Punjab Mental Hospital Lahore 1932-46 - 1932-1946
Year: 1932
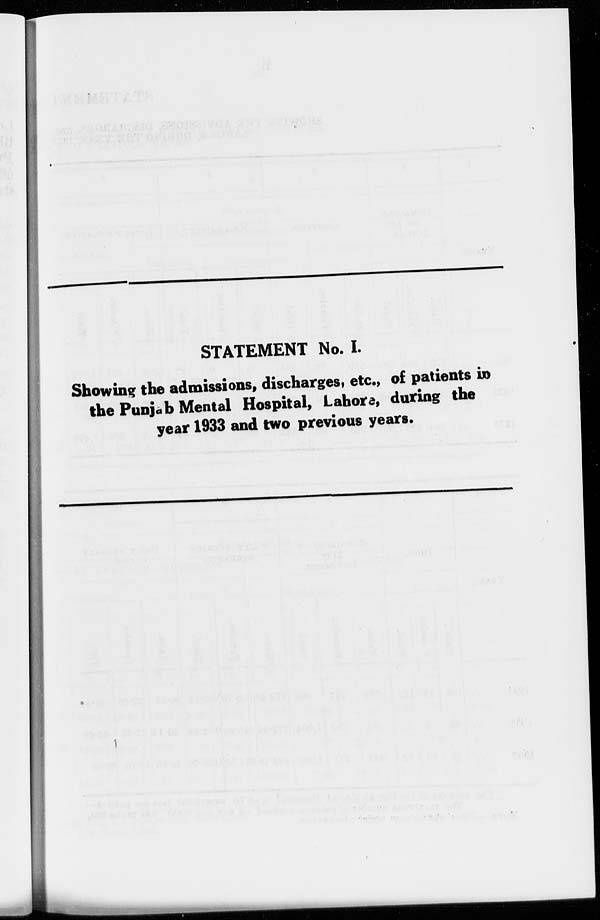
STATEMENT No. I.
Showing the admissions, discharges, etc., of patients in
the Punjab Mental Hospital, Lahore, during the
year 1933 and two previous years.